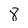
Character: 8